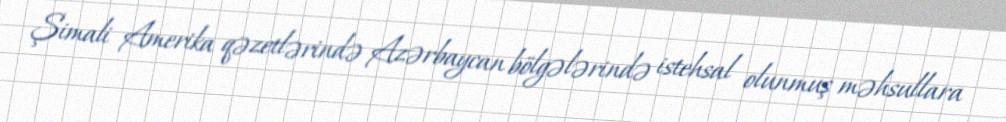
Şimali Amerika qəzetlərində Azərbaycan bölgələrində istehsal olunmuş məhsullara